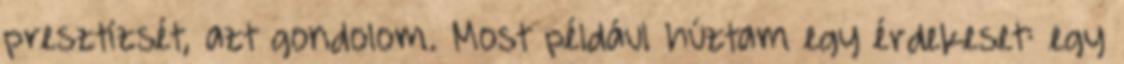
presztízsét, azt gondolom. Most például húztam egy érdekeset: egy